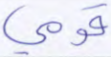
قومي